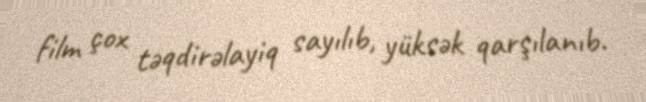
film çox təqdirəlayiq sayılıb, yüksək qarşılanıb.